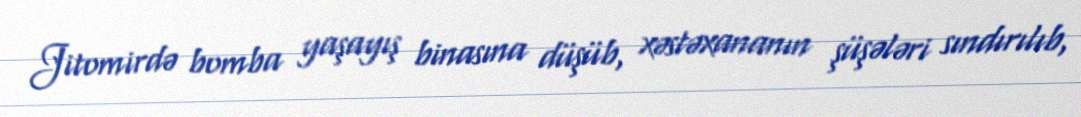
Jitomirdə bomba yaşayış binasına düşüb, xəstəxananın şüşələri sındırılıb,